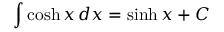
\int \cosh x \, d x = \sinh x + C